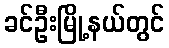
ခင်ဦးမြို့နယ်တွင်